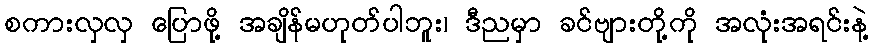
စကားလှလှ ပြောဖို့ အချိန်မဟုတ်ပါဘူး၊ ဒီညမှာ ခင်ဗျားတို့ကို အလုံးအရင်းနဲ့